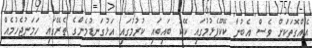
އެއްގޮތަކަށް ވެސް އެބުނާ ކޭކޫފެޅުމުގައި ކޭކު ބައިބައި ކުރުމުގައި އަޅުގަނޑުމެންގެ ތެރޭގައި ހަމަނުޖެހުމެއް